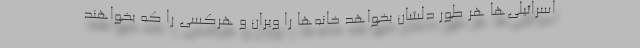
اسرائیلی‌ها هر طور دلشان بخواهد خانه‌ها را ویران و هرکسی را که بخواهند